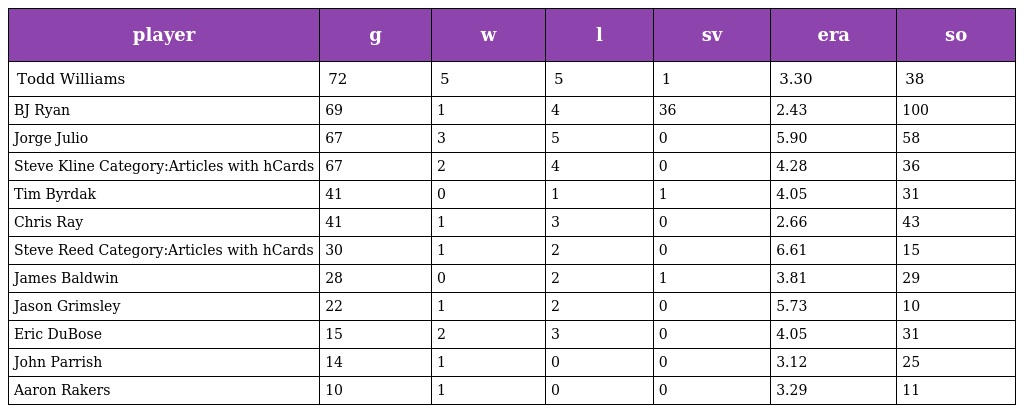
| player | g | w | l | sv | era | so |
 | --- | --- | --- | --- | --- | --- | --- |
 | Todd Williams | 72 | 5 | 5 | 1 | 3.30 | 38 |
 | BJ Ryan | 69 | 1 | 4 | 36 | 2.43 | 100 |
 | Jorge Julio | 67 | 3 | 5 | 0 | 5.90 | 58 |
 | Steve Kline Category:Articles with hCards | 67 | 2 | 4 | 0 | 4.28 | 36 |
 | Tim Byrdak | 41 | 0 | 1 | 1 | 4.05 | 31 |
 | Chris Ray | 41 | 1 | 3 | 0 | 2.66 | 43 |
 | Steve Reed Category:Articles with hCards | 30 | 1 | 2 | 0 | 6.61 | 15 |
 | James Baldwin | 28 | 0 | 2 | 1 | 3.81 | 29 |
 | Jason Grimsley | 22 | 1 | 2 | 0 | 5.73 | 10 |
 | Eric DuBose | 15 | 2 | 3 | 0 | 4.05 | 31 |
 | John Parrish | 14 | 1 | 0 | 0 | 3.12 | 25 |
 | Aaron Rakers | 10 | 1 | 0 | 0 | 3.29 | 11 |